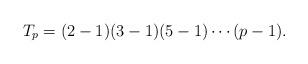
LaTeX: \begin{align*}T_p=(2-1)(3-1)(5-1)\cdots(p-1).\end{align*}